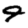
Digit: 4